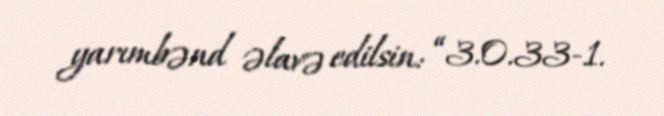
yarımbənd əlavə edilsin: “3.0.33-1.